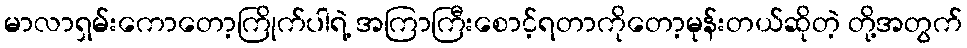
မာလာရှမ်းကောတော့ကြိုက်ပါရဲ့ အကြာကြီးစောင့်ရတာကိုတော့မုန်းတယ်ဆိုတဲ့ တို့အတွက်